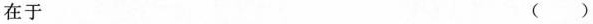
在于 ()